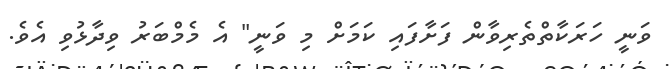
ވަނީ ހަރަކާތްތެރިވާން ފަށާފައި ކަމަށް މި ވަނީ" އެ މެމްބަރު ވިދާޅުވި އެވެ.